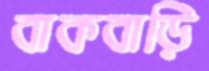
বাকবাড়ি